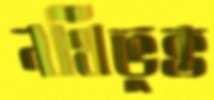
নথিভুক্ত